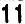
11